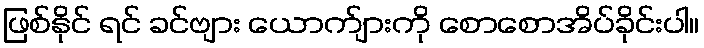
ဖြစ်နိုင် ရင် ခင်ဗျား ယောက်ျားကို စောစောအိပ်ခိုင်းပါ။